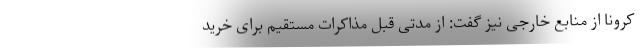
کرونا از منابع خارجی نیز گفت: از مدتی قبل مذاکرات مستقیم برای خرید